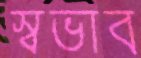
স্বভাব